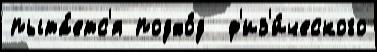
пыта́етс'я подхо́д  ф'из'и́ческого